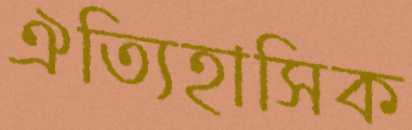
ঐত্যিহাসিক